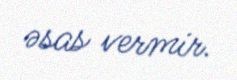
əsas vermir.